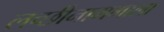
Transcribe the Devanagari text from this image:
लच्छीनाममाला